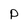
Character: P